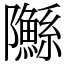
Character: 䧰